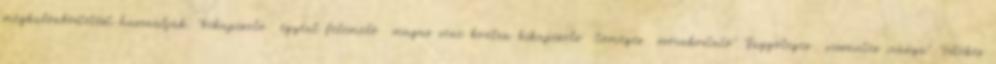
megkülönböztetést használják. "bekapcsoló egyént felemelő magas zene kontra kikapcsoló tömeges szórakoztató" "függőleges vízszintes irányú" "értékes